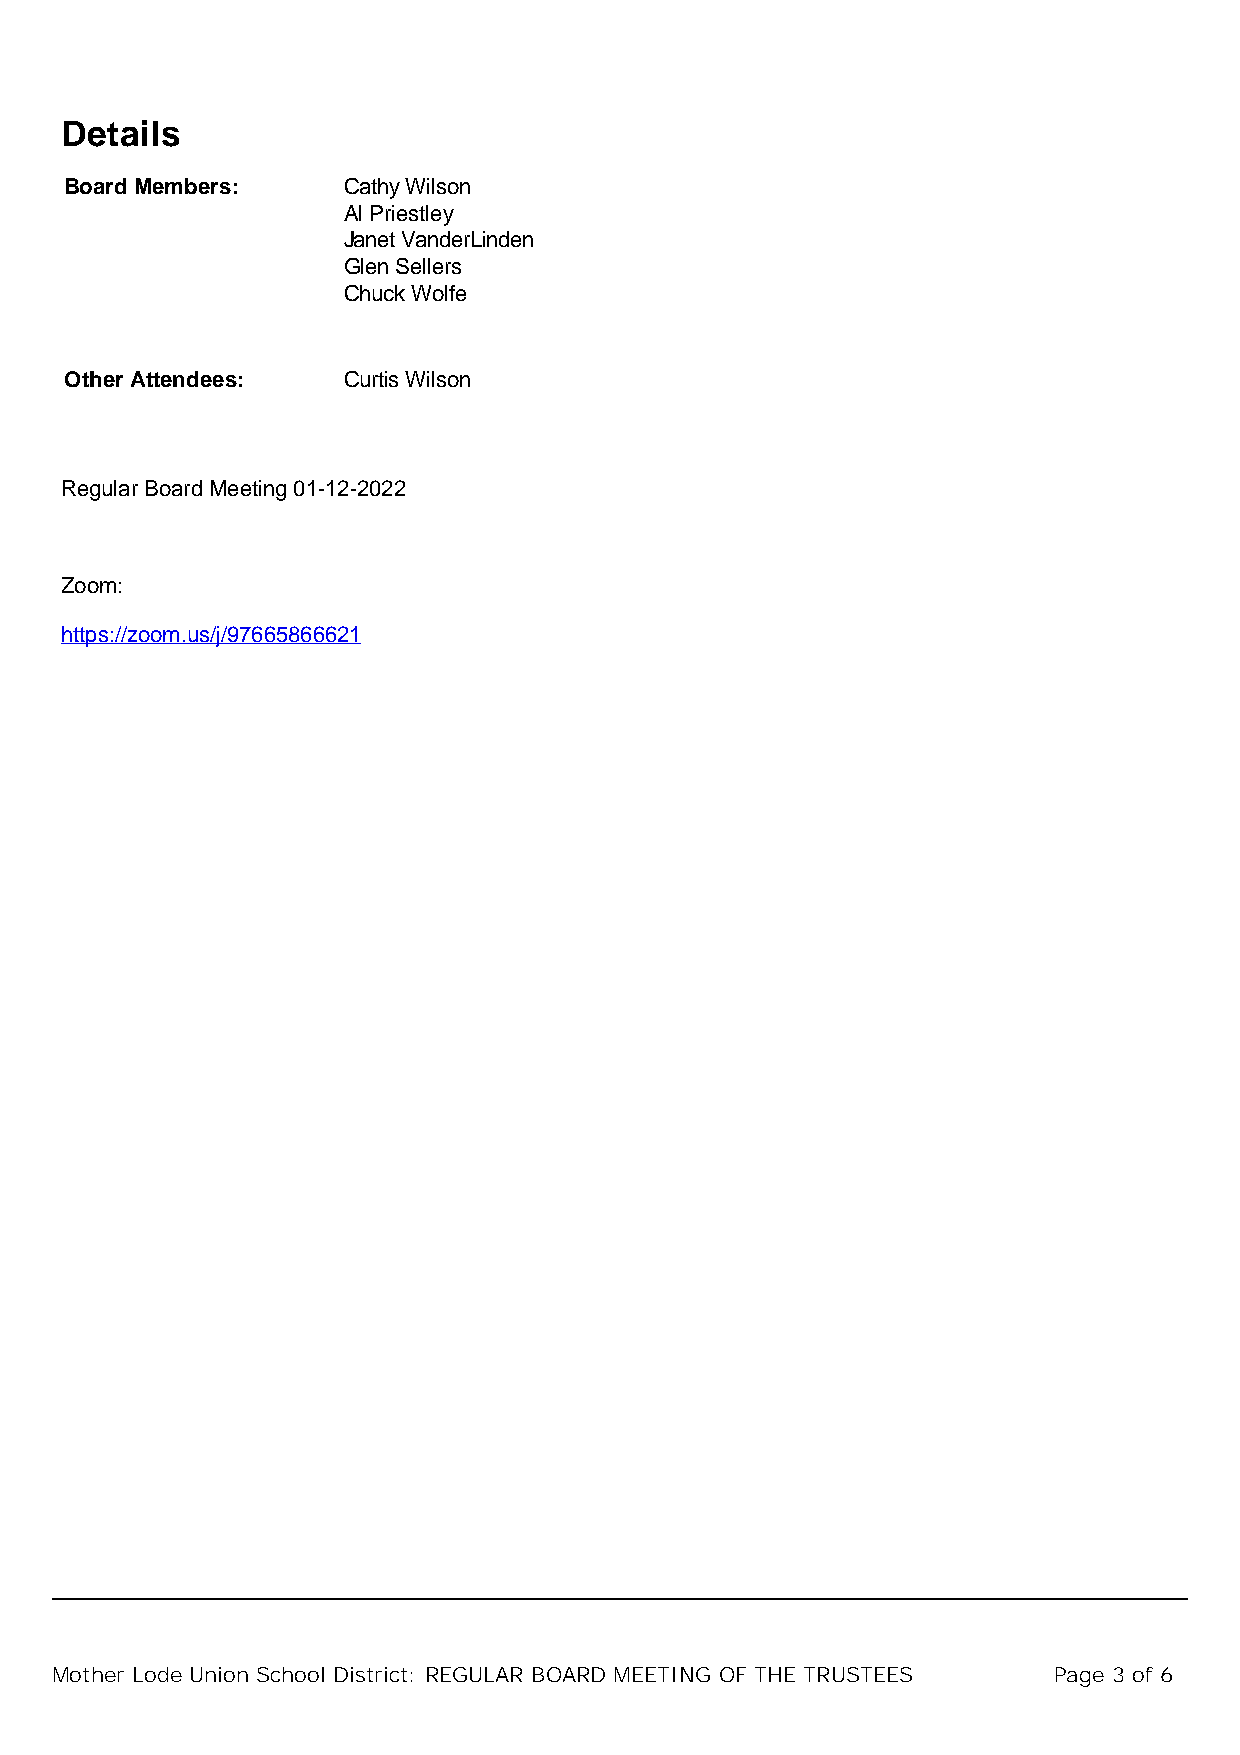
Details
 Board Members:     Cathy Wilson
 Al Priestley
 Janet VanderLinden
 Glen Sellers
 Chuck Wolfe
 Other Attendees:   Curtis Wilson
 Regular Board Meeting 01-12-2022
 Zoom:
 https://zoom.us/j/97665866621
 Mother Lode Union School District: REGULAR BOARD MEETING OF THE TRUSTEES Page 3 of 6